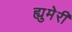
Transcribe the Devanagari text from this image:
ह्युमेरी